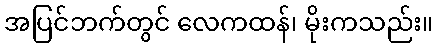
အပြင်ဘက်တွင် လေကထန်၊ မိုးကသည်း။